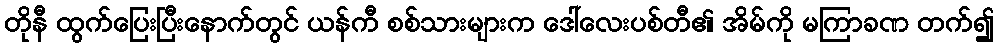
တိုနီ ထွက်ပြေးပြီးနောက်တွင် ယန်ကီ စစ်သားများက ဒေါ်လေးပစ်တီ၏ အိမ်ကို မကြာခဏ တက်၍